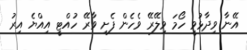
އޭނާ ވިދާޅުވީ ހޯމަ ވިލޭރޭ ވެހެން ފެށި ވާރޭ ހުއްޓީ އިއްޔެ އިރު